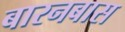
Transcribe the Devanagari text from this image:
बारनबास